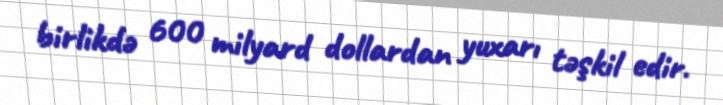
birlikdə 600 milyard dollardan yuxarı təşkil edir.